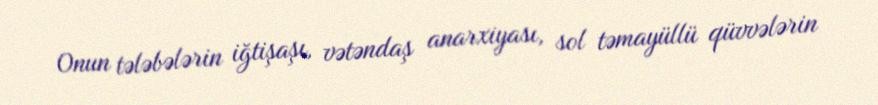
Onun tələbələrin iğtişaşı, vətəndaş anarxiyası, sol təmayüllü qüvvələrin